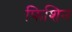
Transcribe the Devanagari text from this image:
फिशिन